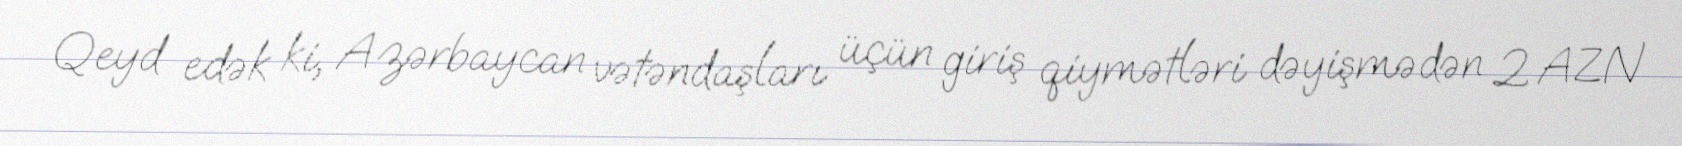
Qeyd edək ki, Azərbaycan vətəndaşları üçün giriş qiymətləri dəyişmədən 2 AZN